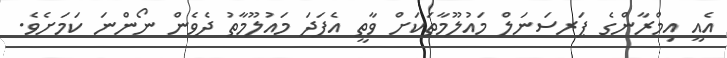
އެއީ އިމްރާންގެ ޕަރސަނަލް މައުލޫމާތަކަށް ވާތީ އެފަދަ މައުލޫމާތު ދެވެން ނޯންނަ ކަމަށެވެ.